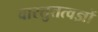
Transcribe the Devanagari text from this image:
वास्तुतत्वज्ञों